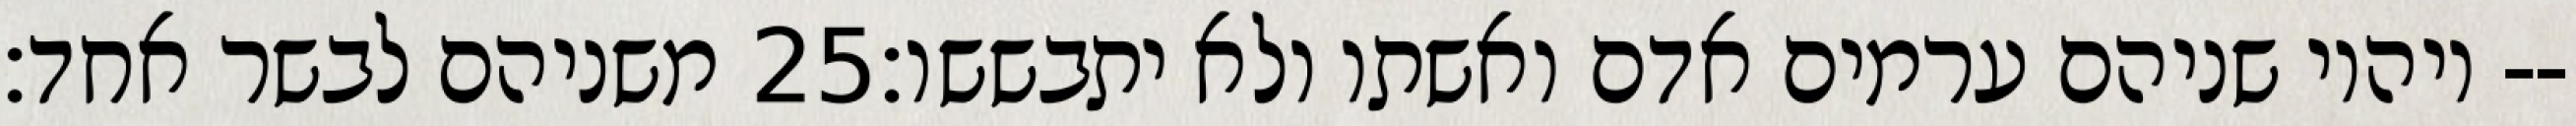
משניהם לבשר אחד׃ ‎25‏ ויהיו שניהם ערמים אדם ואשתו ולא יתבששו׃--